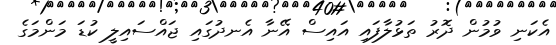
އެކަނި ވުމުން ދޮރު ތަޅުލާފައި އައިސް އޭނާ އެނދުގައި ޖައްސައިލީ ކުޑަ މަންމަގެ